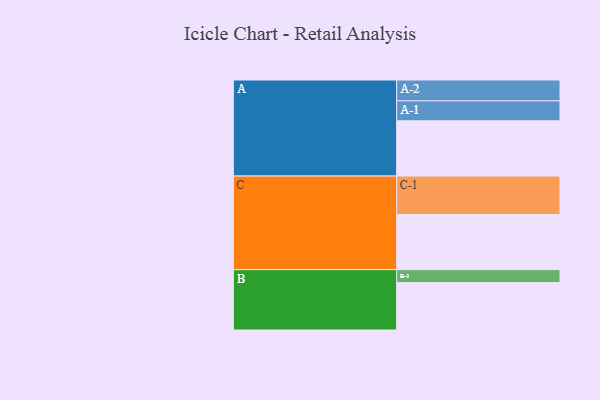
{"axis": {"x": "Segment", "y": "Value"}, "legend": ["", "A", "B", "C"], "data": [{"x": "A", "y": 360, "type": ""}, {"x": "B", "y": 309, "type": ""}, {"x": "C", "y": 360, "type": ""}, {"x": "A-1", "y": 130, "type": "A"}, {"x": "A-2", "y": 136, "type": "A"}, {"x": "B-1", "y": 84, "type": "B"}, {"x": "C-1", "y": 250, "type": "C"}]}